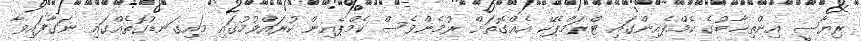
ރިޔާސީ އިންތިޚާބުގެ ކެމްޕެއިންގައި ޓްރަމްޕެކޭ އެއްގޮތަށް ރުމެންވެސް ކެމްޕެއިން ކުރައްވުމުގައި މައިގަނޑުގޮތެއްގައި ނަގާފައިވާ